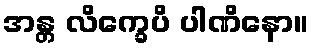
အန္တ လိက္ခေပိ ပါဏိနော။